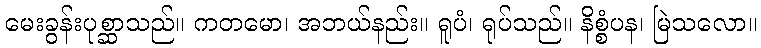
မေးခွန်းပုစ္ဆာသည်။ ကတမော၊ အဘယ်နည်း။ ရူပံ၊ ရုပ်သည်။ နိစ္စံပန၊ မြဲသလော။